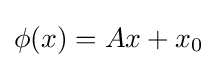
\phi (x)=Ax+x_{0}